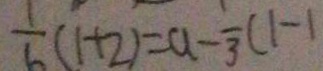
\frac { 1 } { 6 } ( 1 + 2 ) = a - \frac { 1 } { 3 } ( 1 - 1